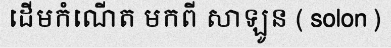
ដើមកំណើត មកពី សាឡូន ( solon )